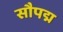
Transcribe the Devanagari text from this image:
सौपद्म